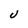
Character: U